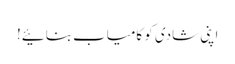
اپنی شادی کو کامیاب بنائیے!